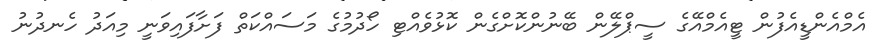
އެމްއެންޑީއެފުން ޓީއެމްއޭގެ ސީޕްލޭން ބޭނުންކޮށްގެން ކޮޅުވެއްޓި ހޯދުމުގެ މަސައްކަތް ފަށާފައިވަނީ މިއަދު ހެނދުނު